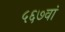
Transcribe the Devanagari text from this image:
५६७वां